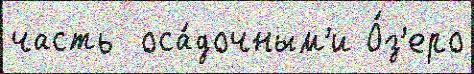
часть  оса́дочным'и О́з'еро